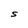
Character: S